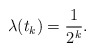
\begin{align*}\lambda(t_{k})=\frac{1}{2^{k}}.\end{align*}